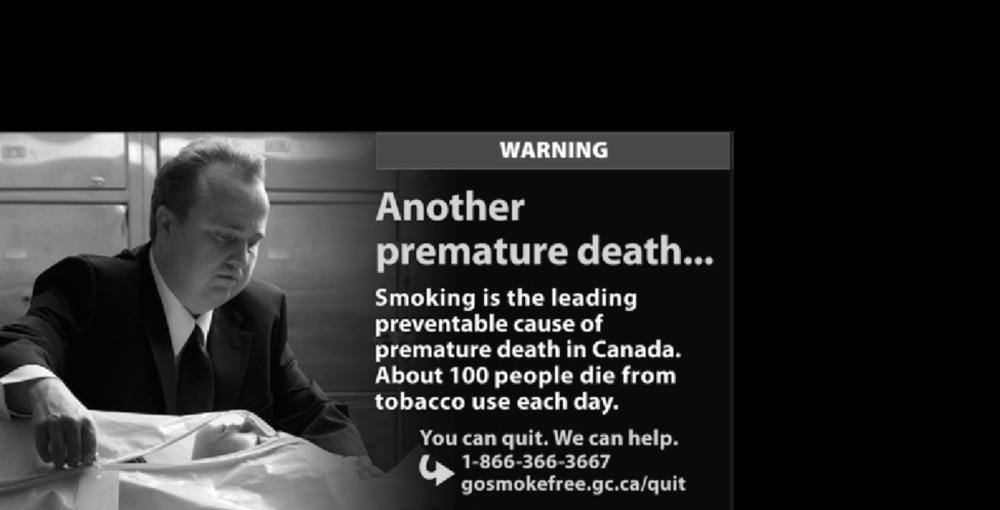
WARNING
Another
premature death ...
Smoking is the leading
preventable cause of
premature death in Canada.
About 100 people die from
tobacco use each day.
You can quit. We can help.
1-866-366-3667
gosmokefree.gc.ca/quit